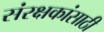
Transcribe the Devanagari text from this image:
संरक्षकांसाठी